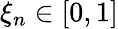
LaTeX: \xi_{n}\in[0,1]